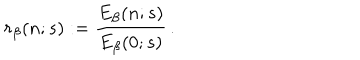
r _ { \beta } ( n ; s ) : = { \frac { E _ { \beta } ( n ; s ) } { E _ { \beta } ( 0 ; s ) } } \, .